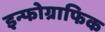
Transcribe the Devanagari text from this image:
इन्फोग्राफिक